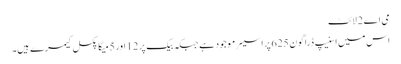
می اے 2 لائٹ
اس میں اسنیپ ڈراگون 625 پراسیسر موجود ہے جبکہ بیک پر 12 اور 5 میگا پکسل کیمرے ہیں۔